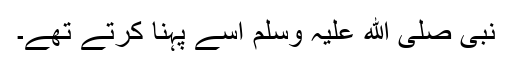
نبی صلی ﷲ علیہ وسلم اسے پہنا کرتے تھے۔